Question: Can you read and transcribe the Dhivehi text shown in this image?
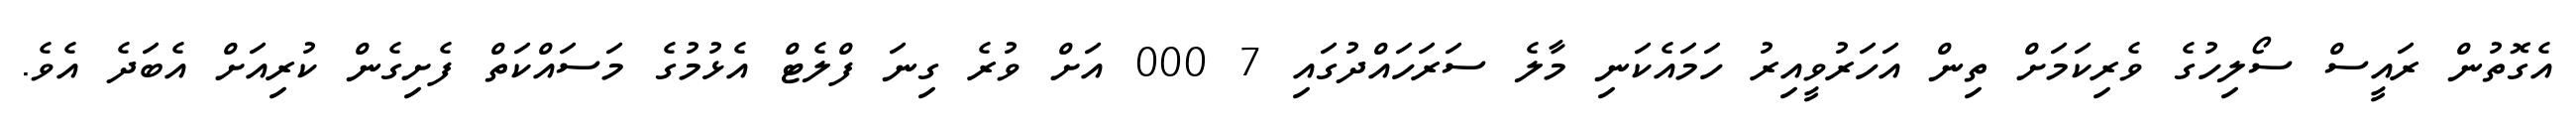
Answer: އެގޮތުން ރައީސް ސޯލިހުގެ ވެރިކަމަށް ތިން އަހަރުވީއިރު ހަމައެކަނި މާލެ ސަރަހައްދުގައި 7 000 އަށް ވުރެ ގިނަ ފްލެޓް އެޅުމުގެ މަސައްކަތް ފެށިގެން ކުރިއަށް އެބަދެ އެވެ.